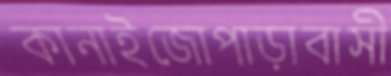
কানাইজোপাড়াবাসী